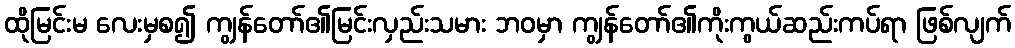
ထိုမြင်းမ လေးမှစ၍ ကျွန်တော်၏မြင်းလှည်းသမား ဘဝမှာ ကျွန်တော်၏ကိုးကွယ်ဆည်းကပ်ရာ ဖြစ်လျက်